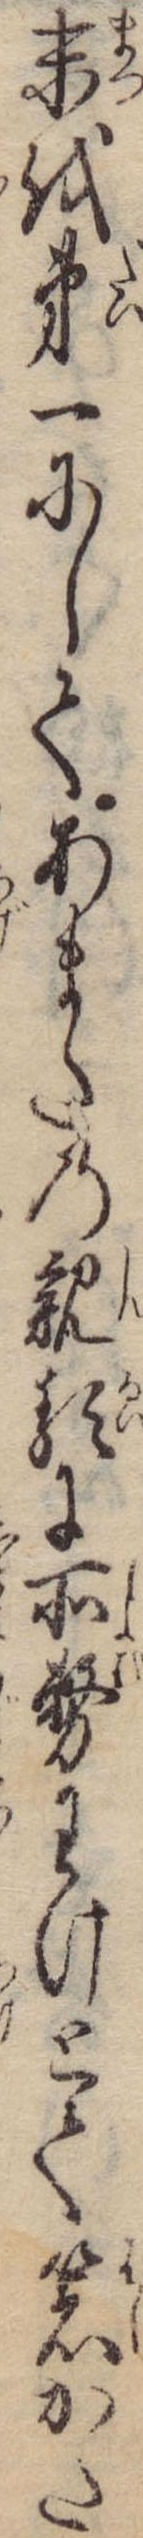
末を第一にしてあまたの親類に所務わけとて箸かた